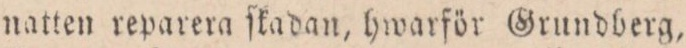
natten reparera ſkadan, hwarför Grundberg,